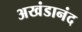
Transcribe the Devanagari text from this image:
अखंडानंद